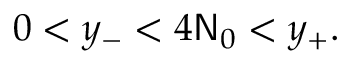
0 < y _ { - } < 4 \mathsf { N } _ { 0 } < y _ { + } .